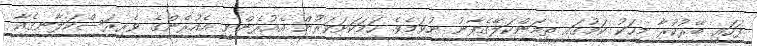
ފަހައި ބޭރުކުރާ މީހަކު ކަމުގައި ތިމަންކަލޭގެފާނު ނުވަމެވެ. ހަމަކަށަވަރުން އެއުރެންނީ އެއުރެންގެ ވެރިރަސްކަލާނގެއާ